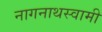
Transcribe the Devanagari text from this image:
नागनाथस्वामी